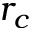
r _ { c }